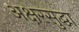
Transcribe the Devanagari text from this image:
अक्षरसुद्धा